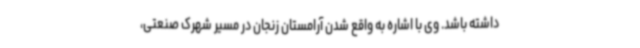
داشته باشد. وی با اشاره به واقع شدن آرامستان زنجان در مسیر شهرک صنعتی،